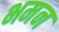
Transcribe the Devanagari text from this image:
भमन